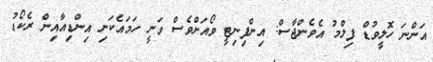
އަންނަ ހޮލީވުޑް ފިލްމު އެވެންޖާސް: އިންފިނިޓީ ވޯއަށްވެސް ވަނީ ހަމައެކަނި އިންޑިއާއިން ރެކޯޑު